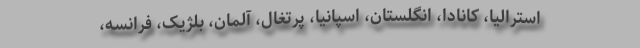
استرالیا، کانادا، انگلستان، اسپانیا، پرتغال، آلمان، بلژیک، فرانسه،